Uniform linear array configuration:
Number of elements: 64
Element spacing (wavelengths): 0.75
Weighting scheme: kaiser
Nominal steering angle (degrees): -45
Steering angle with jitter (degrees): -45.874
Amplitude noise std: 0.05
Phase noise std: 0.05

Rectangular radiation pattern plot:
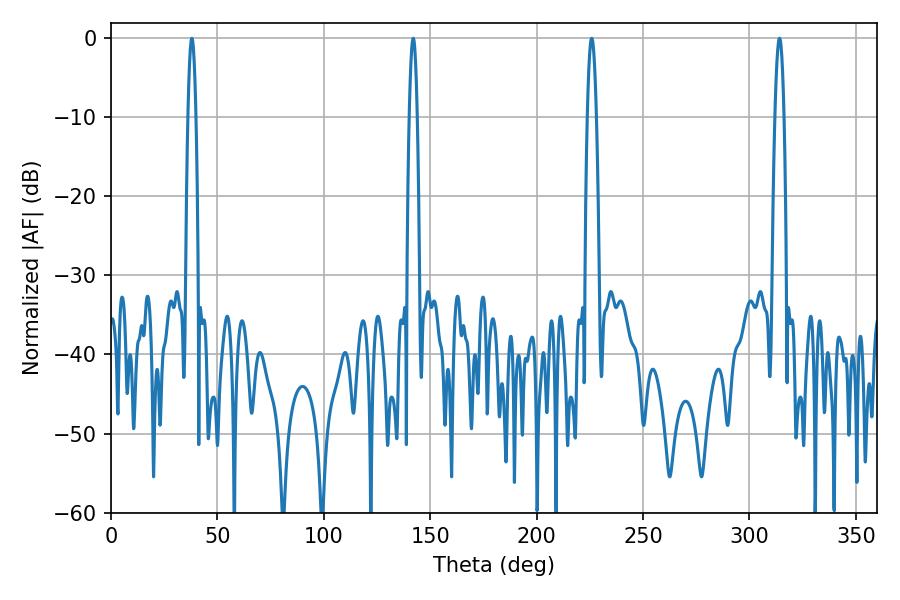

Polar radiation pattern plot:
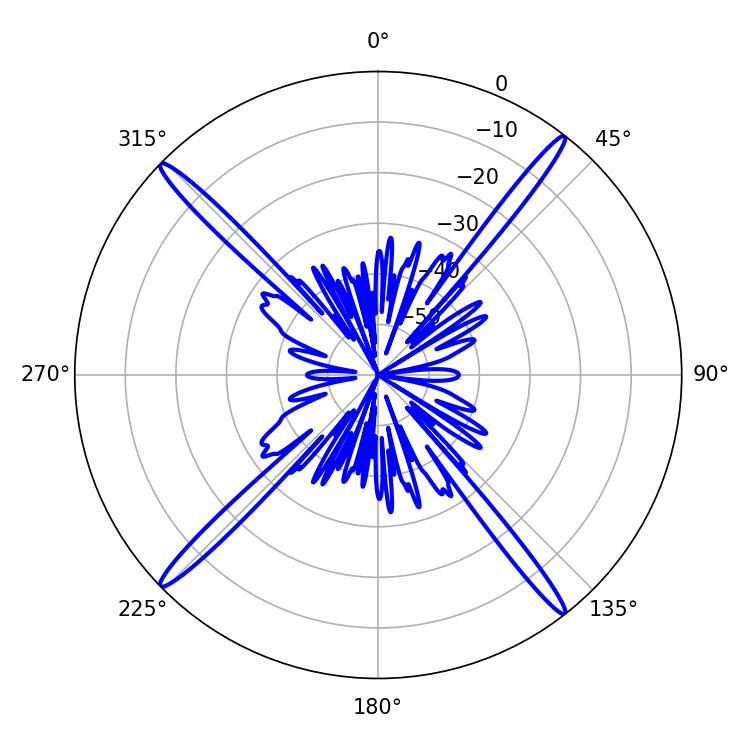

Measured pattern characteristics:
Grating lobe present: TRUE
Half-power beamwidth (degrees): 1.98
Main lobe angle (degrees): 142.02